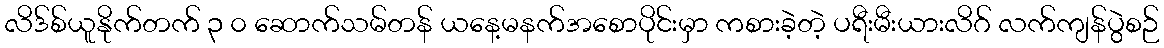
လိဒ်စ်ယူနိုက်တက် ၃ ၀ ဆောက်သမ်တန် ယနေ့မနက်အစောပိုင်းမှာ ကစားခဲ့တဲ့ ပရီးမီးယားလိဂ် လက်ကျန်ပွဲစဉ်